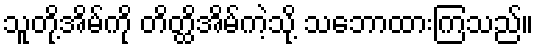
သူတို့အိမ်ကို တိတ္ထိအိမ်ကဲ့သို့ သဘောထားကြသည်။